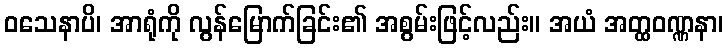
ဝသေနာပိ၊ အာရုံကို လွန်မြောက်ခြင်း၏ အစွမ်းဖြင့်လည်း။ အယံ အတ္ထဝဏ္ဏနာ၊